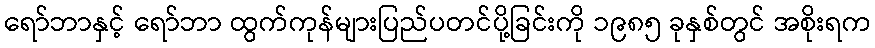
ရော်ဘာနှင့် ရော်ဘာ ထွက်ကုန်များပြည်ပတင်ပို့ခြင်းကို ၁၉၈၅ ခုနှစ်တွင် အစိုးရက